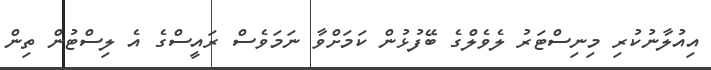
އިއުލާނުކުރި މިނިސްޓަރު ލެވެލްގެ ބޭފުޅުން ކަމަށްވާ ނަމަވެސް ރައީސްގެ އެ ލިސްޓުން ތިން